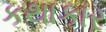
કથાકાર